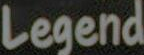
Legend